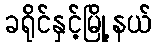
ခရိုင်နှင့်မြို့နယ်